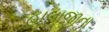
હાલાજીના